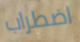
اضطراب